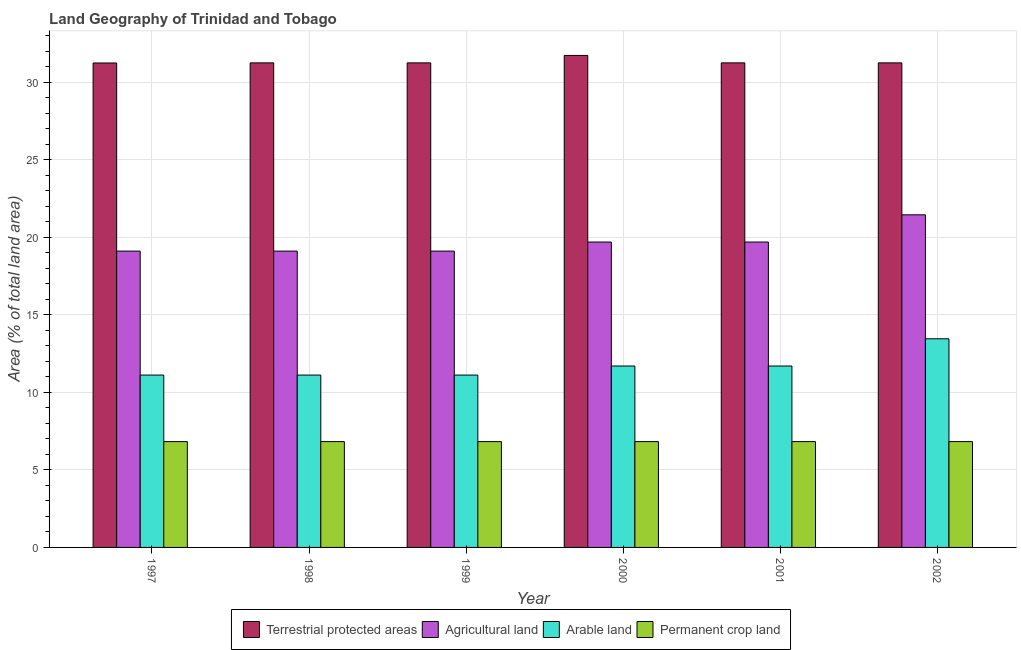
| Year | Terrestrial protected areas | Agricultural land | Arable land | Permanent crop land |
 | --- | --- | --- | --- | --- |
 | 1997 | 31.2 | 19.1 | 11.1 | 6.82 |
 | 1998 | 31.2 | 19.1 | 11.1 | 6.82 |
 | 1999 | 31.2 | 19.1 | 11.1 | 6.82 |
 | 2000 | 31.7 | 19.7 | 11.7 | 6.82 |
 | 2001 | 31.2 | 19.7 | 11.7 | 6.82 |
 | 2002 | 31.2 | 21.4 | 13.5 | 6.82 |